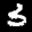
Label: 3